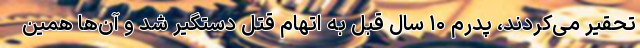
تحقیر می‌کردند، پدرم ۱۰ سال قبل به اتهام قتل دستگیر شد و آن‌ها همین